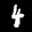
Label: 4